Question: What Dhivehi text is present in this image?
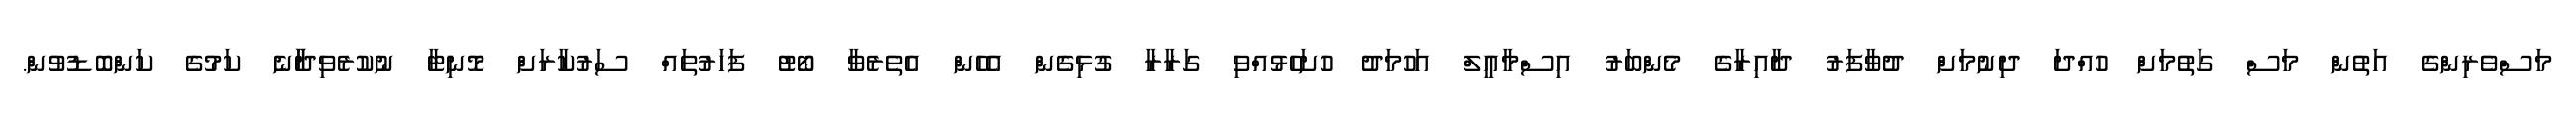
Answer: މަސްވެރިންގެ އަތުން މަސް ގަތުމަށް ހުއްދަ ދިނުމަށް ދުވާފަރު ދާއިރާގެ މެންބަރު އިސްމާއީލް އަހުމަދު ހުށަހެޅުއްވި ގަރާރާ ގުޅިގެން އެހެން އެތެރެވާ ބޯޓު ފަހަރުތައް ސަރުކާރަށް މޮނިޓާ ނުކުރެވިދާާނެ ކަމުގެ ކަންބޮޑުވުން.